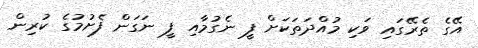
އޭގެ ތެރޭގައި ވަކި މުއްދަތަކަށް ފީ ނެގުމާއި ފީ ނަގަން ފެށުމުގެ ކުރިން